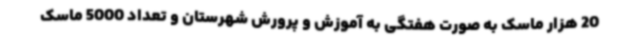
20 هزار ماسک به صورت هفتگی به آموزش و پرورش شهرستان و تعداد 5000 ماسک